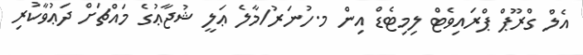
އެލް ގްރޫޕް ޕްރައިވެޓް ލިމިޓެޑް އިން މ.ހުނަރު/މާލެ ޢަލީ ޝުޖާޢުގެ މައްޗަށް ދަޢުވާކުރި